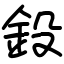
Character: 鈠